Indian journal of veterinary science and animal husbandry - Volume 5,
Year: 1935
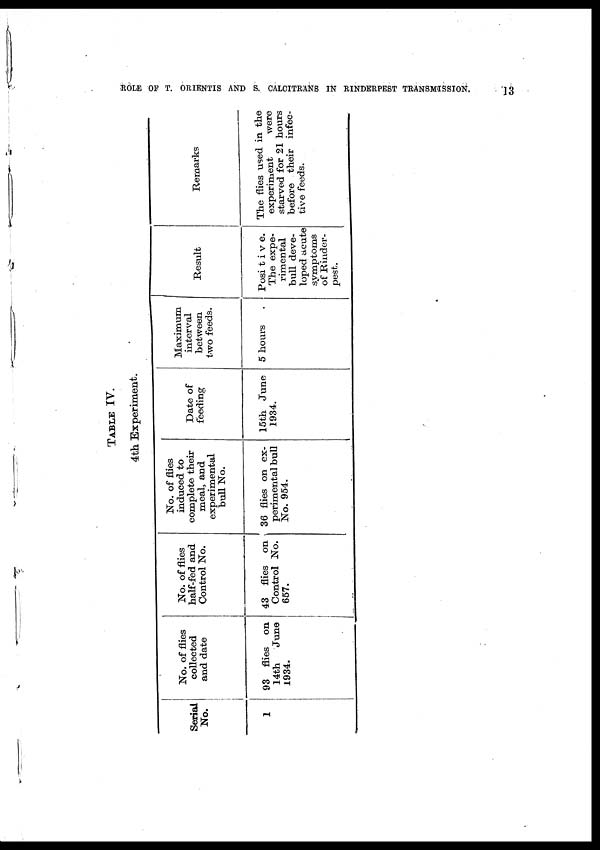
ROLE OF T. ORIENTIS AND S. CALCITRANS IN RINDERPEST TRANSMISSION.
13
TABLE
IV.
4th Experiment.
Serial
No.
1
No. of flies
collected
and date
93 flies on
14th
June
1934.
No. of flies
half-fed and
Control No.
43 flies on
Control No.
657.
No. of flies
induced to
complete their
meal, and
experimental
bull No.
36 flies on ex-
perimental bull
No. 954.
Date of
feeding
15th June
1934.
Maximum
interval
between
two feeds.
5 hours
Result
Posi t i v e.
The expe-
rimental
bull deve-
loped acute
symptoms
of Rinder-
pest.
Remarks
The flies used in the
experiment
were
starved for 21 hours
before their infec-
tive feeds.